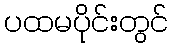
ပထမပိုင်းတွင်